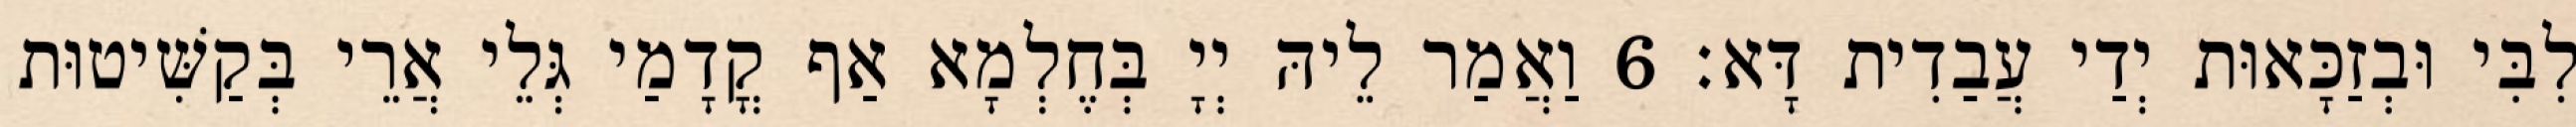
לִבִּי וּבְזַכָּאוּת יְדַי עֲבַדִית דָּא׃ 6 וַאֲמַר לֵיהּ יְיָ בְּחֶלְמָא אַף קֳדָמַי גְּלֵי אֲרֵי בְּקַשִּׁיטוּת